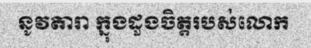
នូវតារា ក្នុងដួងចិត្តរបស់លោក